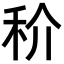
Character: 𥝵